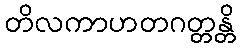
တိလကာဟတဂတ္တန္တိ